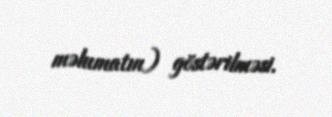
məlumatın) göstərilməsi.